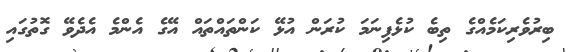
ބިރުވެރިކަމެއްގެ ތިބެ ކުޅެފިނަމަ ކުރަން އުޅޭ ކަންތައްތައް އޭގެ އެންމެ އެދެވޭ ގޮތުގައި